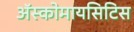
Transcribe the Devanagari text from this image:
अॅस्कोमायसिटिस